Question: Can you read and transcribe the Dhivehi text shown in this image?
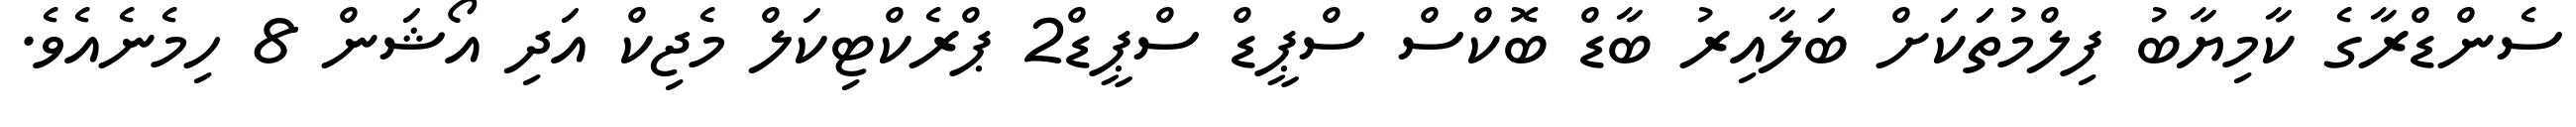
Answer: ސެންޑްރާގެ ކާމިޔާބު ފިލްމުތަަކަށް ބަލާއިރު ބާޑް ބޮކްސް ސްޕީޑް ސްޕީޑް2 ޕްރެކްޓިކަލް މެޖިކް އަދި އޯޝަން 8 ހިމެނެއެވެ.